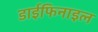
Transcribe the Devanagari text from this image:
डाईफिनाइल